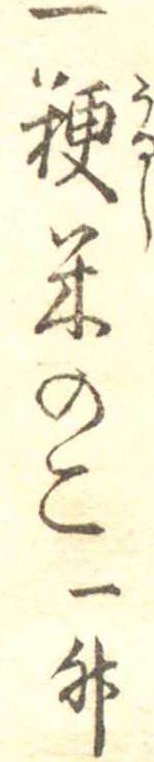
一粳米のこ一升